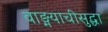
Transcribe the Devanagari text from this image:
वाङ्मयाचीसुद्धा